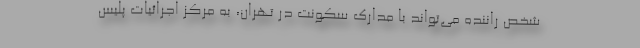
شخص راننده می‌تواند با مدارک سکونت در تهران، به مرکز اجرائیات پلیس